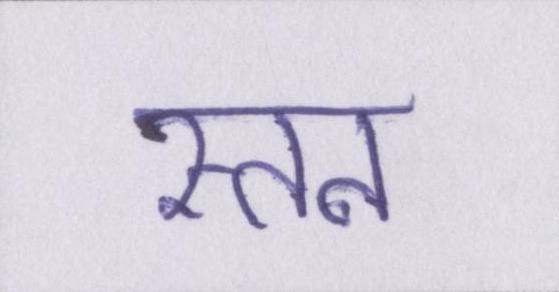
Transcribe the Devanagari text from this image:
स्तन